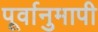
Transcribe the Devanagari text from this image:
पूर्वानुमापी